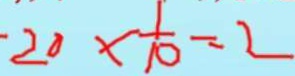
2 0 \times \frac { 1 } { 1 0 } = 2